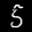
Label: 5